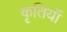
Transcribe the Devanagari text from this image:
कृतियॉं